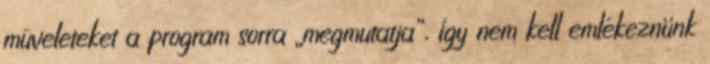
mûveleteket a program sorra „megmutatja”, így nem kell emlékeznünk